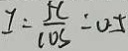
I = \frac { 5 C } { 1 0 S } = 0 . 5